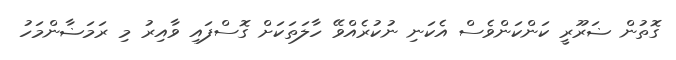
ގޮތުން ޟަރޫރީ ކަންކަންވެސް އެކަނި ނުކުރެއްވޭ ހާލަތަކަށް ގޮސްފައި ވާއިރު މި ރަމަޟާންމަހު